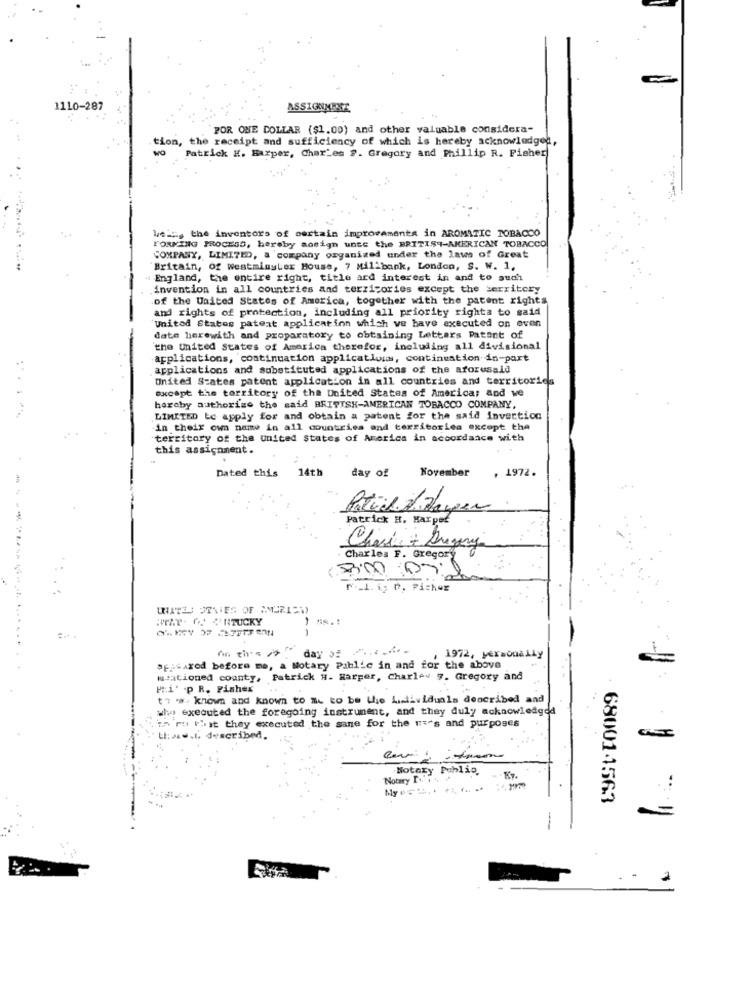
1110-287
ASSIGNMENT
`POR ONE DOLLAR ($1.00) and other valuable considera-
tion, the receipt and sufficiency of which is hereby acknowledged,
Patrick H. Harper, Char'es F. Gregory and Phillip R. Fisher
leiis the inventors of certain improvements in AROMATIC TOBACCO
FORMING PROCESS, hereby acsign unte the BRITISH-AMERICAN TOBACCO
COMPANY, LIMITED, a company organized under the laws of Great
Britain, of westminster House, 7 Millbank, London, S. W. 1,
- England, the entire right, title ard interest in and to auch
invention in all countries and territories except the territory
of the United States of America, together with the patent rights
and rights of protection, including all priority rights to said
United States patent application which ve have executed on even
date herewith and proparatory to obtaining Letters Patent of
the United States of America therefor, including all divisional
applications, continuation applications, continuation in-part
applications and substituted applications of the aforusald
United States patent application in all countries and territories
except the territory of the United States of America: and we
hereby authorize the said BRITISH-AMERICAN TOBACCO COMPANY,
LIMITED to apply for and obtain a patent for the said invertion
in their own name in all countries and territories except the
territory of the united States of America in accordance with
this assignment.
day of
November
, 1972.
Dated this 14th
Patich 3.Haugen
- -
Patrick H. Harpef
Charles F. Gregory
Chasse - Duzery
HEAT. O. NTUCKY
--
on thes
day of
, 1972, personally
apitarod before me, a Notary Public in and for the above
mentioned county, Patrick H. Harper, Charley 7. Gregory and
Pi' .p R. Fisher
to **. known and known to IL to be the Lidividuals described and
who executed the foregoing instrument, and they duly acknowledged
in ri that they executed the sane for the uses and purposes
Li .... L. described.
Notary Mohlio.
Notary I'
680014563